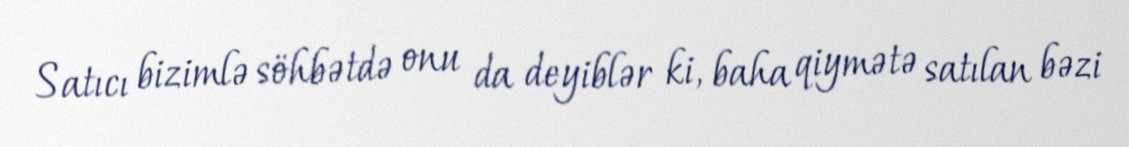
Satıcı bizimlə söhbətdə onu da deyiblər ki, baha qiymətə satılan bəzi